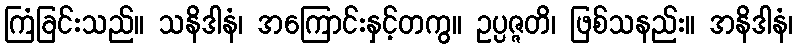
ကြံခြင်းသည်။ သနိဒါနံ၊ အကြောင်းနှင့်တကွ။ ဥပ္ပဇ္ဇတိ၊ ဖြစ်သနည်း။ အနိဒါနံ၊